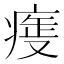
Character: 𤷺